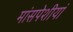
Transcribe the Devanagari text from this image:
मांसपेशीयां